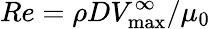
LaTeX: Re=\rho DV_{\mathrm{max}}^{\infty}/\mu_{0}